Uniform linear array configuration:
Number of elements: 24
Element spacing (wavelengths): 0.25
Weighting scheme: kaiser
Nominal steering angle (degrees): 30
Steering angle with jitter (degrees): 31.314
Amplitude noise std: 0.05
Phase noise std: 0.05

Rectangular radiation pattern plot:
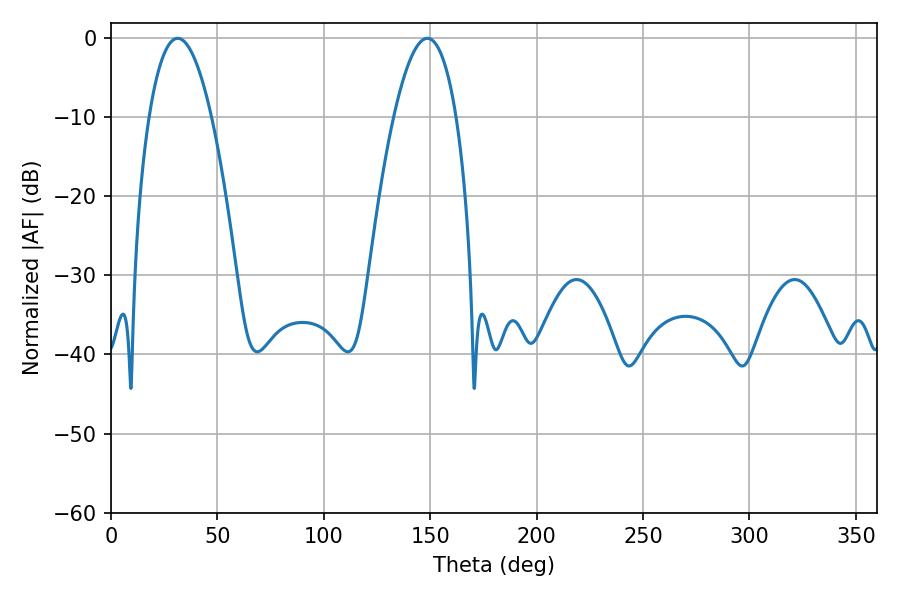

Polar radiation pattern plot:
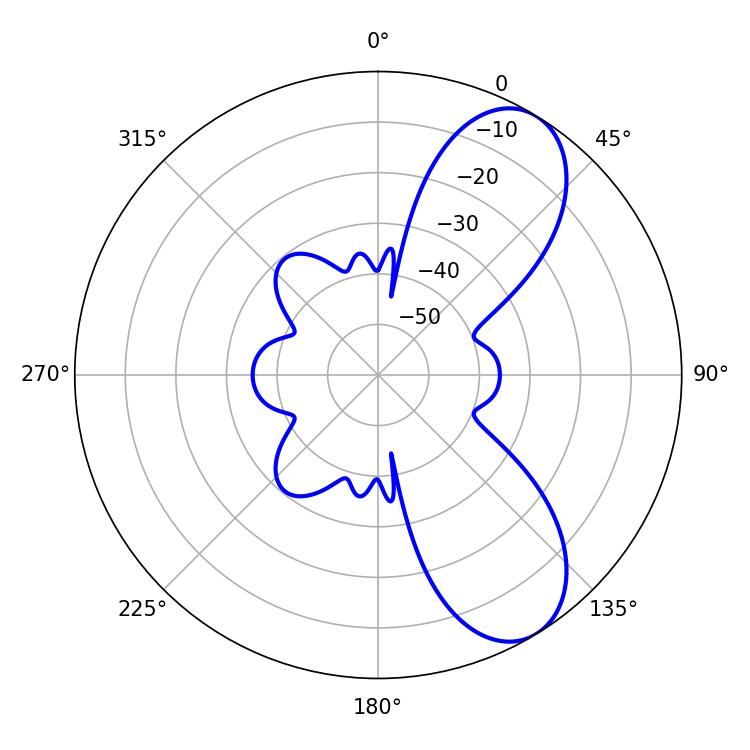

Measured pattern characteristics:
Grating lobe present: FALSE
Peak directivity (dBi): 7.982
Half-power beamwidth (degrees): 16.2
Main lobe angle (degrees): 31.32